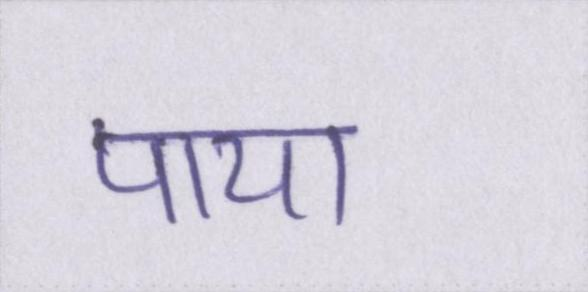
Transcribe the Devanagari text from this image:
पाया